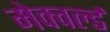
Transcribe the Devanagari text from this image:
मेक्वर्ल्ड